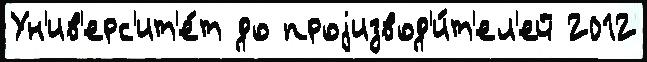
Ун'ив'ерс'ит'е́т до проjизвод'и́т'ел'ей 2012